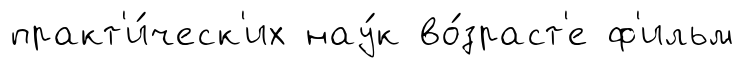
практ'и́ческ'их нау́к во́зраст'е ф'ильм